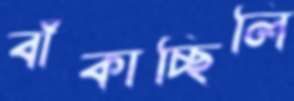
বাঁকাচ্ছিলি